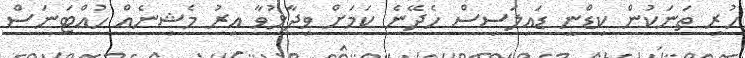
ހުރި ތަނަކުން ކިޑްނީ ޑައިލަސިސް ހެދޭނެ ކަމަށް ވިދާޅުވާ އިރު މެޝިނެއް ހުއްޓަނަސް